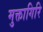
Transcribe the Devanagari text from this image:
मुक्तागिरि